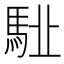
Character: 𩢩